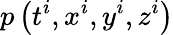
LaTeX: p\left(t^{i},x^{i},y^{i},z^{i}\right)